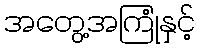
အတွေ့အကြုံနှင့်